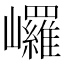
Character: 𡿇